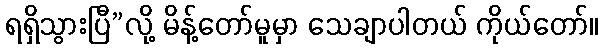
ရရှိသွားပြီ”လို့ မိန့်တော်မူမှာ သေချာပါတယ် ကိုယ်တော်။